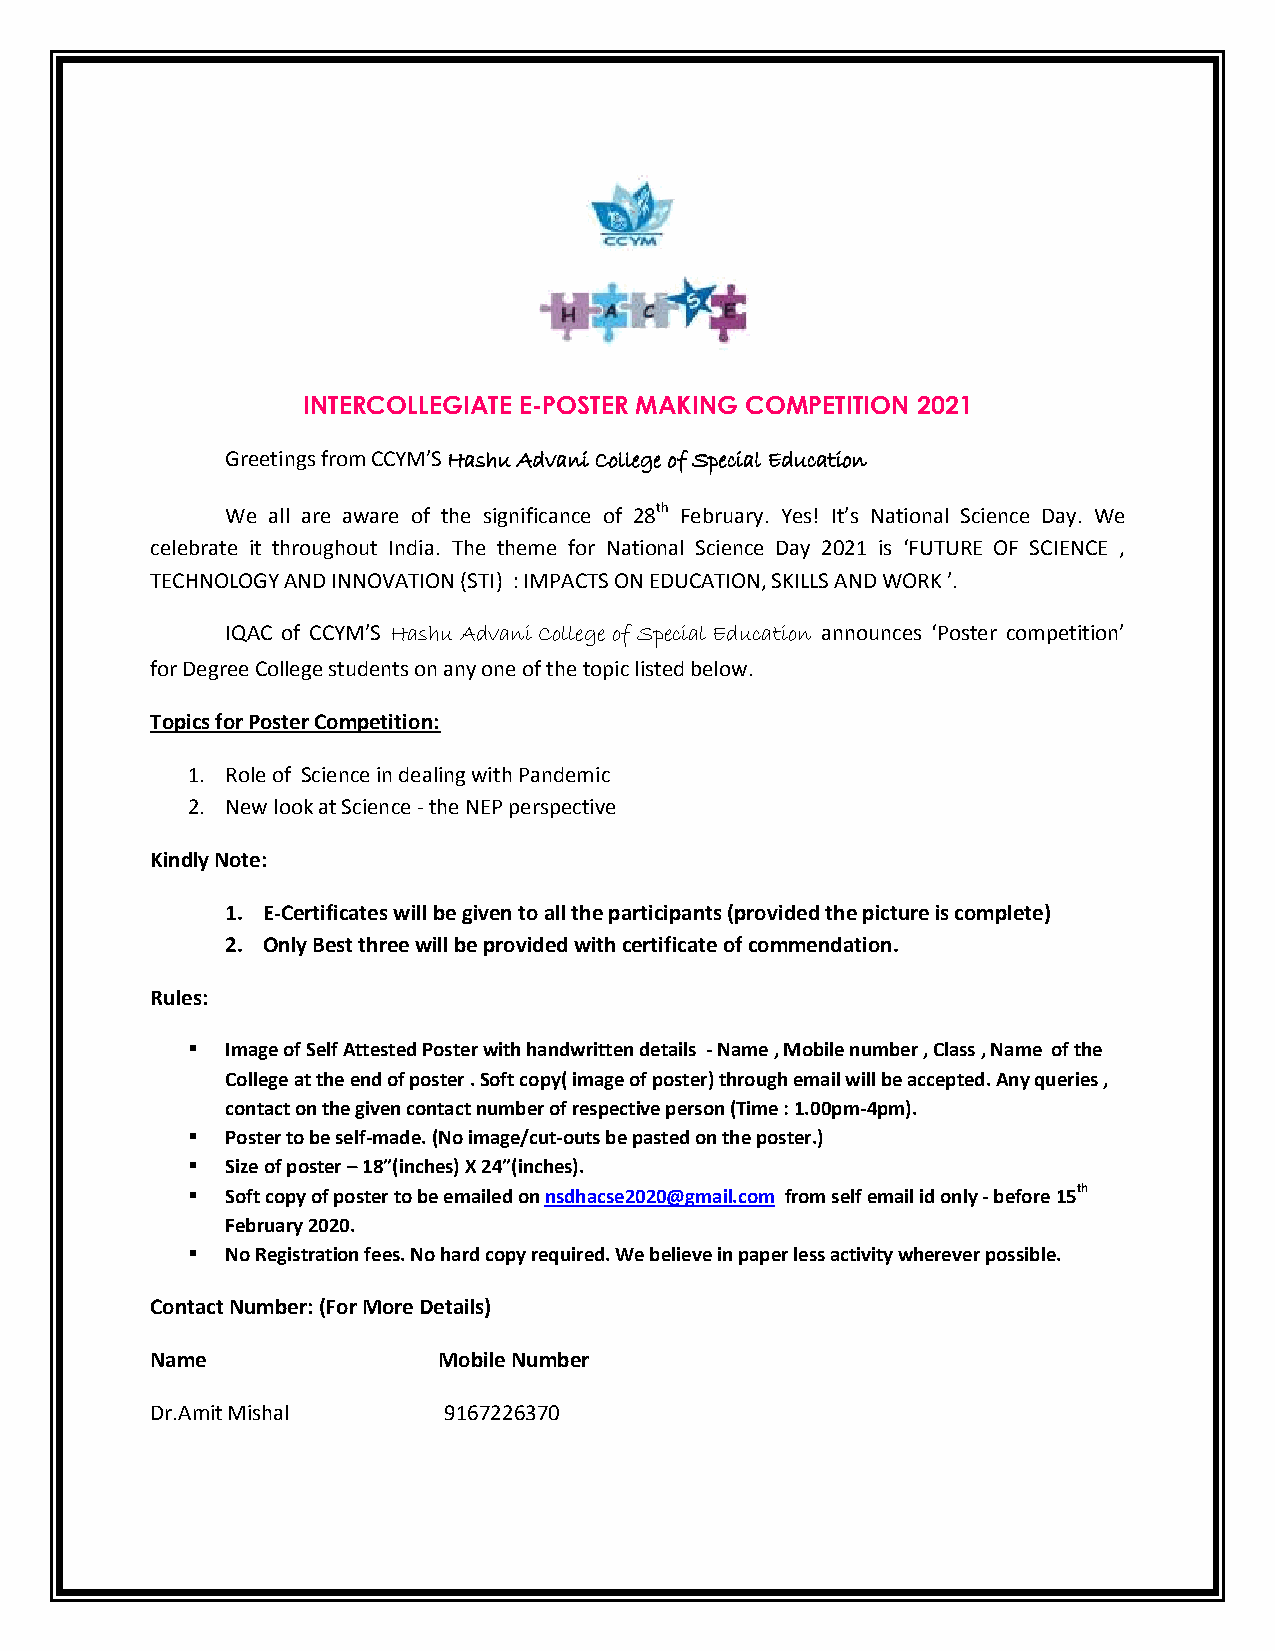
INTERCOLLEGIATE E-POSTER MAKING COMPETITION 2021
 Greetings from CCYM’S Hashu Advani College of Special Education
 We all are aware of the significance of 28th February. Yes! It’s National Science Day. We
 celebrate it throughout India. The theme for National Science Day 2021 is ‘FUTURE OF SCIENCE ,
 TECHNOLOGY AND INNOVATION (STI) : IMPACTS ON EDUCATION, SKILLS AND WORK ’.
 IQAC of CCYM’S Hashu Advani College of Special Education announces ‘Poster competition’
 for Degree College students on any one of the topic listed below.
 Topics for Poster Competition:
 1. Role of Science in dealing with Pandemic
 2. New look at Science - the NEP perspective
 Kindly Note:
 1. E-Certificates will be given to all the participants (provided the picture is complete)
 2. Only Best three will be provided with certificate of commendation.
 Rules:
   Image of Self Attested Poster with handwritten details - Name , Mobile number , Class , Name of the
 College at the end of poster . Soft copy( image of poster) through email will be accepted. Any queries ,
 contact on the given contact number of respective person (Time : 1.00pm-4pm).
   Poster to be self-made. (No image/cut-outs be pasted on the poster.)
   Size of poster – 18”(inches) X 24”(inches).
   Soft copy of poster to be emailed on nsdhacse2020@gmail.com from self email id only - before 15th
 February 2020.
   No Registration fees. No hard copy required. We believe in paper less activity wherever possible.
 Contact Number: (For More Details)
 Name               Mobile Number
 Dr.Amit Mishal     9167226370